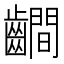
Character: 𪙨